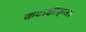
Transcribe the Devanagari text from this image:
कटाक्षीकृतः।